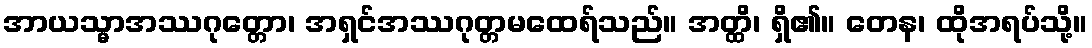
အာယသ္မာအဿဂုတ္တော၊ အရှင်အဿဂုတ္တမထေရ်သည်။ အတ္ထိ၊ ရှိ၏။ တေန၊ ထိုအရပ်သို့။